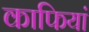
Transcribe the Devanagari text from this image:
काफियां